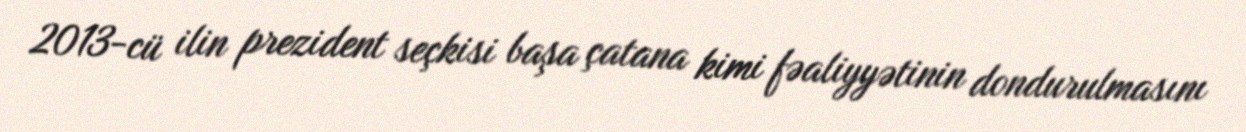
2013-cü ilin prezident seçkisi başa çatana kimi fəaliyyətinin dondurulmasını